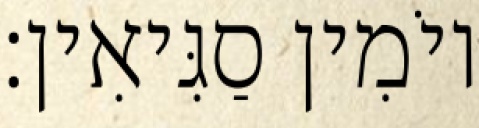
יוֹמִין סַגִּיאִין׃